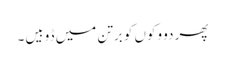
پھر دو وکوں کو برتن میں ڈوبیں۔